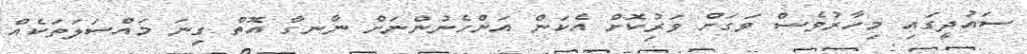
ސައުދީގައި މިހާރުވެސް ވަގަށް ވަރުިކޮށް އެކަން އަންހެނުންނަށް ނާނގާ އޮތް ގިނަ މައްސަލަތަކެއް